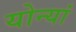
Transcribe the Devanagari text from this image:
योन्यां